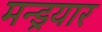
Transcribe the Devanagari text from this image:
मन्ड्रयार